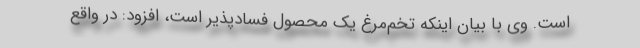
است. وی با بیان اینکه تخم‌مرغ یک محصول فسادپذیر است، افزود: در واقع